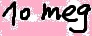
Text: 10 mag